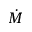
\dot { M }